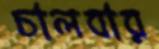
চালবার